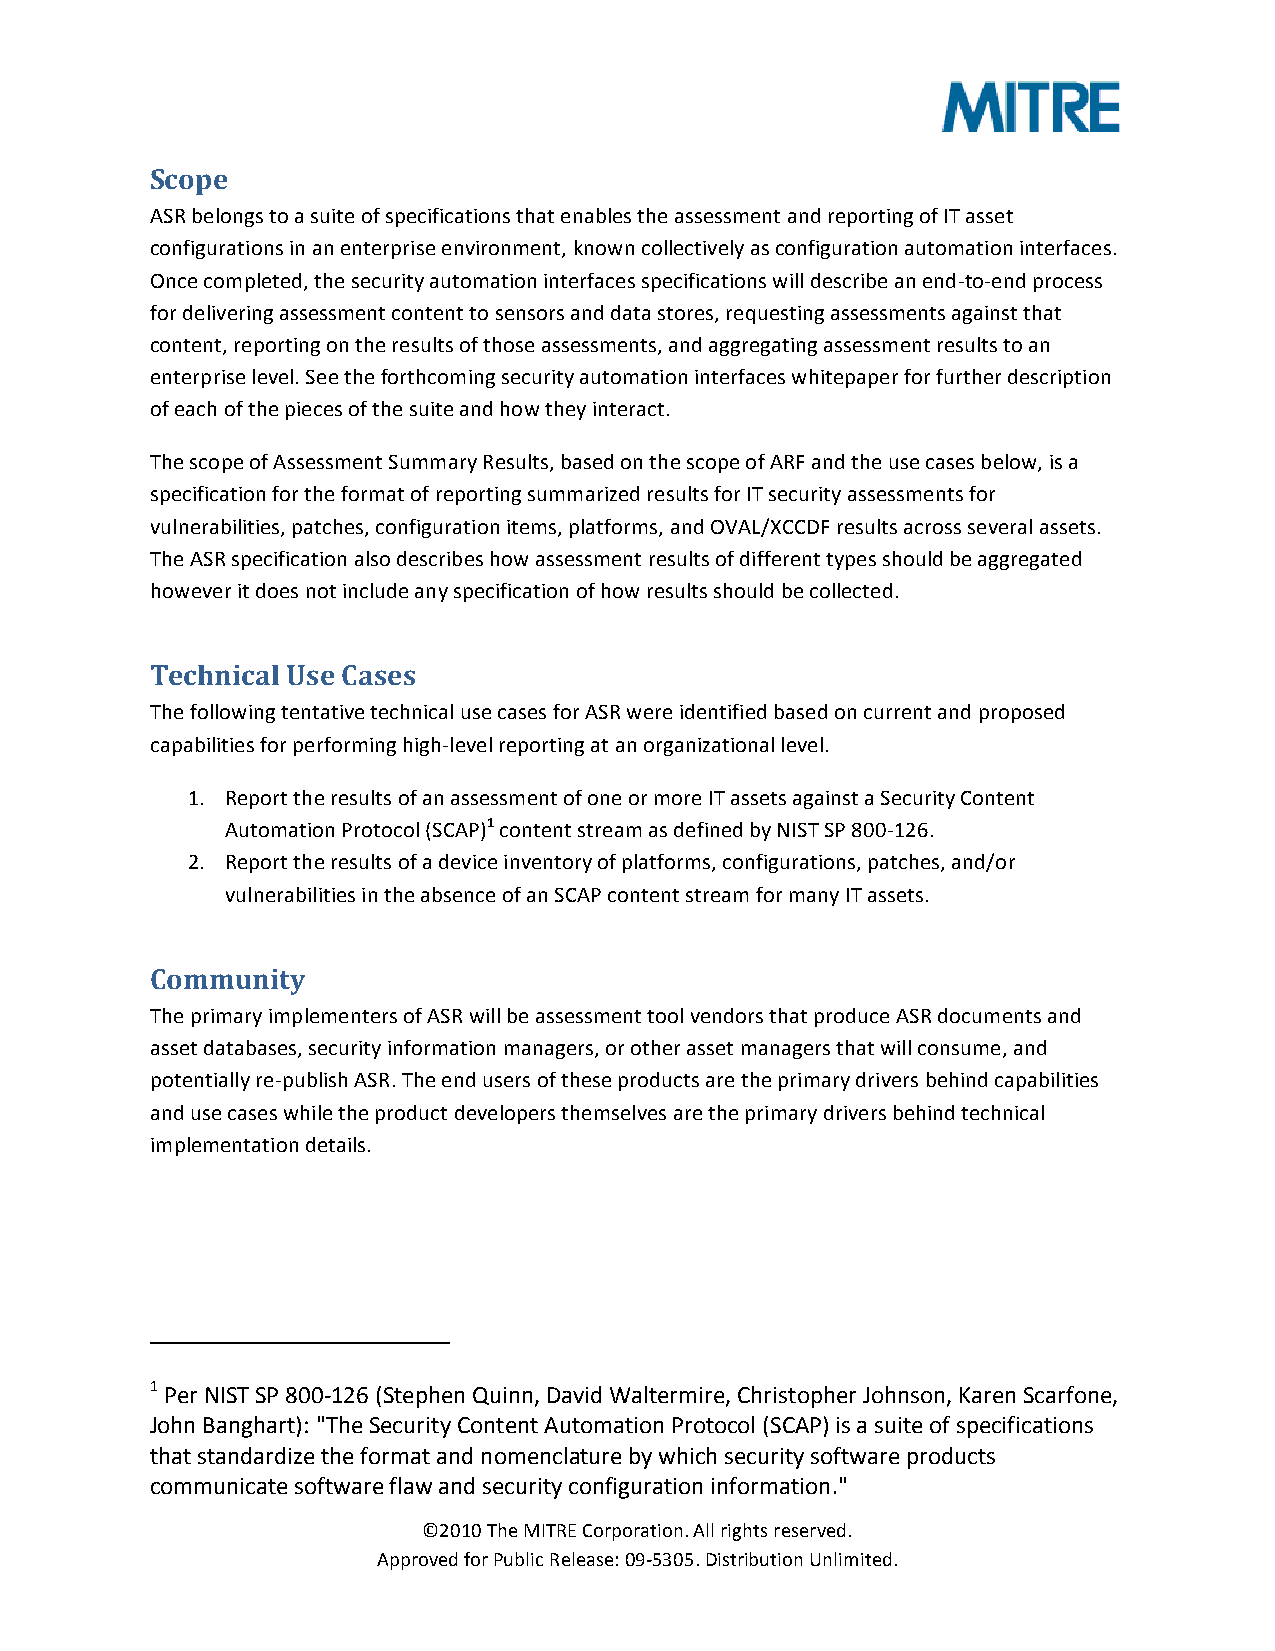
Scope
 ASR belongs to a suite of specifications that enables the assessment and reporting of IT asset
 configurations in an enterprise environment, known collectively as configuration automation interfaces.
 Once completed, the security automation interfaces specifications will describe an end-­‐to-­‐end process
 for delivering assessment content to sensors and data stores, requesting assessments against that
 content, reporting on the results of those assessments, and aggregating assessment results to an
 enterprise level. See the forthcoming security automation interfaces whitepaper for further description
 of each of the pieces of the suite and how they interact.
 The scope of Assessment Summary Results, based on the scope of ARF and the use cases below, is a
 specification for the format of reporting summarized results for IT security assessments for
 vulnerabilities, patches, configuration items, platforms, and OVAL/XCCDF results across several assets.
 The ASR specification also describes how assessment results of different types should be aggregated
 however it does not include any specification of how results should be collected.
 Technical Use Cases
 The following tentative technical use cases for ASR were identified based on current and proposed
 capabilities for performing high-­‐level reporting at an organizational level.
 1. Report the results of an assessment of one or more IT assets against a Security Content
 Automation Protocol (SCAP)1 content stream as defined by NIST SP 800-­‐126.
 2. Report the results of a device inventory of platforms, configurations, patches, and/or
 vulnerabilities in the absence of an SCAP content stream for many IT assets.
 Community
 The primary implementers of ASR will be assessment tool vendors that produce ASR documents and
 asset databases, security information managers, or other asset managers that will consume, and
 potentially re-­‐publish ASR. The end users of these products are the primary drivers behind capabilities
 and use cases while the product developers themselves are the primary drivers behind technical
 implementation details.
 1 Per NIST SP 800-­‐126 (Stephen Quinn, David Waltermire, Christopher Johnson, Karen Scarfone,
 John Banghart): "The Security Content Automation Protocol (SCAP) is a suite of specifications
 that standardize the format and nomenclature by which security software products
 communicate software flaw and security configuration information."
 ©2010 The MITRE Corporation. All rights reserved.
 Approved for Public Release: 09-­‐5305. Distribution Unlimited.